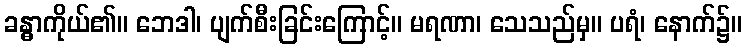
ခန္ဓာကိုယ်၏။ ဘေဒါ၊ ပျက်စီးခြင်းကြောင့်။ မရဏာ၊ သေသည်မှ။ ပရံ၊ နောက်၌။